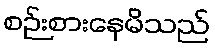
စဉ်းစားနေမိသည်